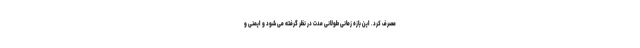
مصرف کرد. این بازه زمانی طولانی مدت در نظر گرفته می شود و ایمنی و